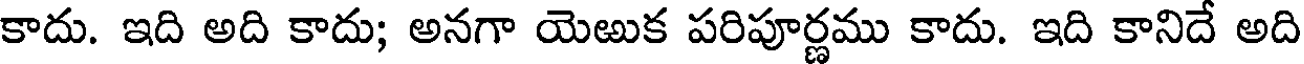
కాదు. ఇది అది కాదు; అనగా యెఱుక పరిపూర్ణము కాదు. ఇది కానిదే అది